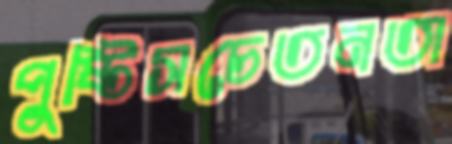
পুষ্টিসচেতনতা